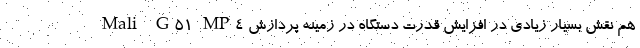
Mali-G51 MP4 هم نقش بسیار زیادی در افزایش قدرت دستگاه در زمینه‌ پردازش